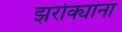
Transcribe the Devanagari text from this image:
झरोक्यांना